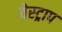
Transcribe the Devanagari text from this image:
वेस्ट्राप